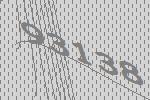
93138